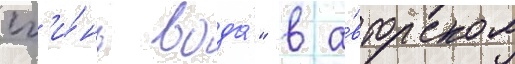
сг'и́нь вода́" в а́вторском